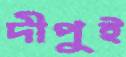
দীপুই